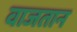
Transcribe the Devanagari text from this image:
वाजतान